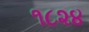
૧૮૨૪